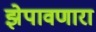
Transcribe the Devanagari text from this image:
झेपावणारा